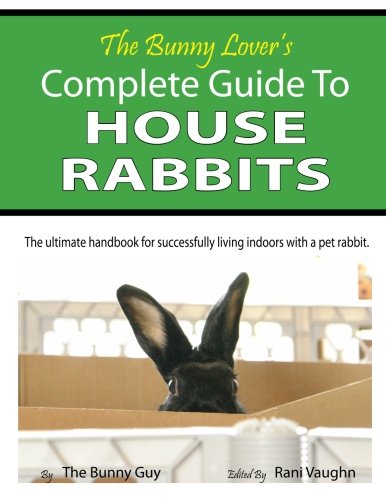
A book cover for The Bunny Lover's Complete Guide To House Rabbits: The Ultimate Handbook for Successfully Living Indoors with a Pet Rabbit; The Bunny Guy; Crafts, Hobbies & Home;